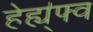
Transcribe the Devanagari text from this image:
हेह्य्॑फ्व